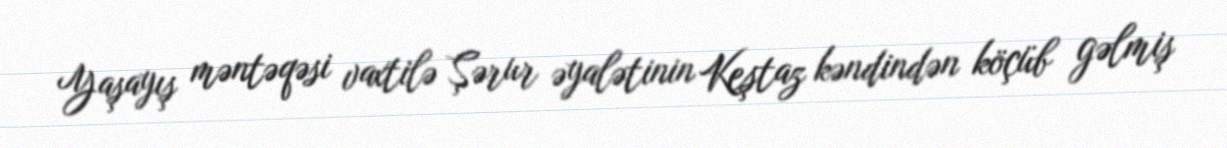
Yaşayış məntəqəsi vaxtilə Şərur əyalətinin Keştaz kəndindən köçüb gəlmiş